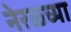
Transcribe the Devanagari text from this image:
नेरळ्च्या